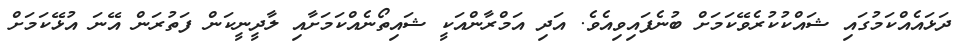
ދަޅައެއްކަމުގައި ޝައްކުކުރެވޭކަމަށް ބުނެފައިވިއެވެ. އަދި އަމްރާންއަކީ ޝައިތޯނެއްކަމަށާއި ލާދީނީކަން ފަތުރަން އޭނަ އުޅޭކަމަށް